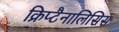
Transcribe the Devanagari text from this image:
क्रिप्टैनालिसिस